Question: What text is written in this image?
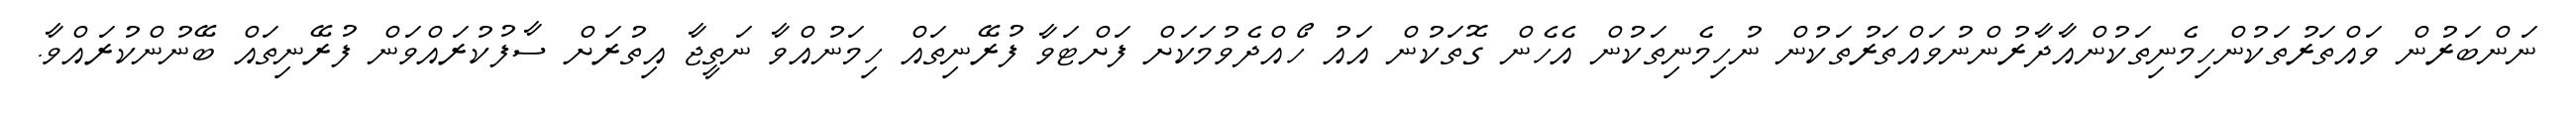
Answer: ނަންބަރުން ވައްތަރުތަކުންހިމެނިތަކުންއާދާރުންނުވައްތަރުތަކުން ނުހިމެނިތަކުން އެހެން ގޮތަކުން އައު ހޯއްދެވުމަކަށް ފަށްޓަވާ ފުރޭނިތައް ހިމަނުއްވާ ނަތީޖާ އިތުރަށް ސާފުކުރައްވަން ފުރޭނިތައް ބޭނުންކުރައްވާ.